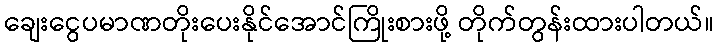
ချေးငွေပမာဏတိုးပေးနိုင်အောင်ကြိုးစားဖို့ တိုက်တွန်းထားပါတယ်။